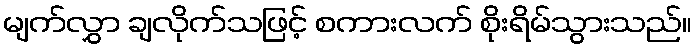
မျက်လွှာ ချလိုက်သဖြင့် စကားလက် စိုးရိမ်သွားသည်။